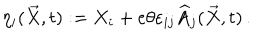
\eta _ { i } ( \overrightarrow { X } , t ) : = X _ { i } + e \theta \varepsilon _ { i j } \widehat { A } _ { j } ( \overrightarrow { X } , t ) \, .